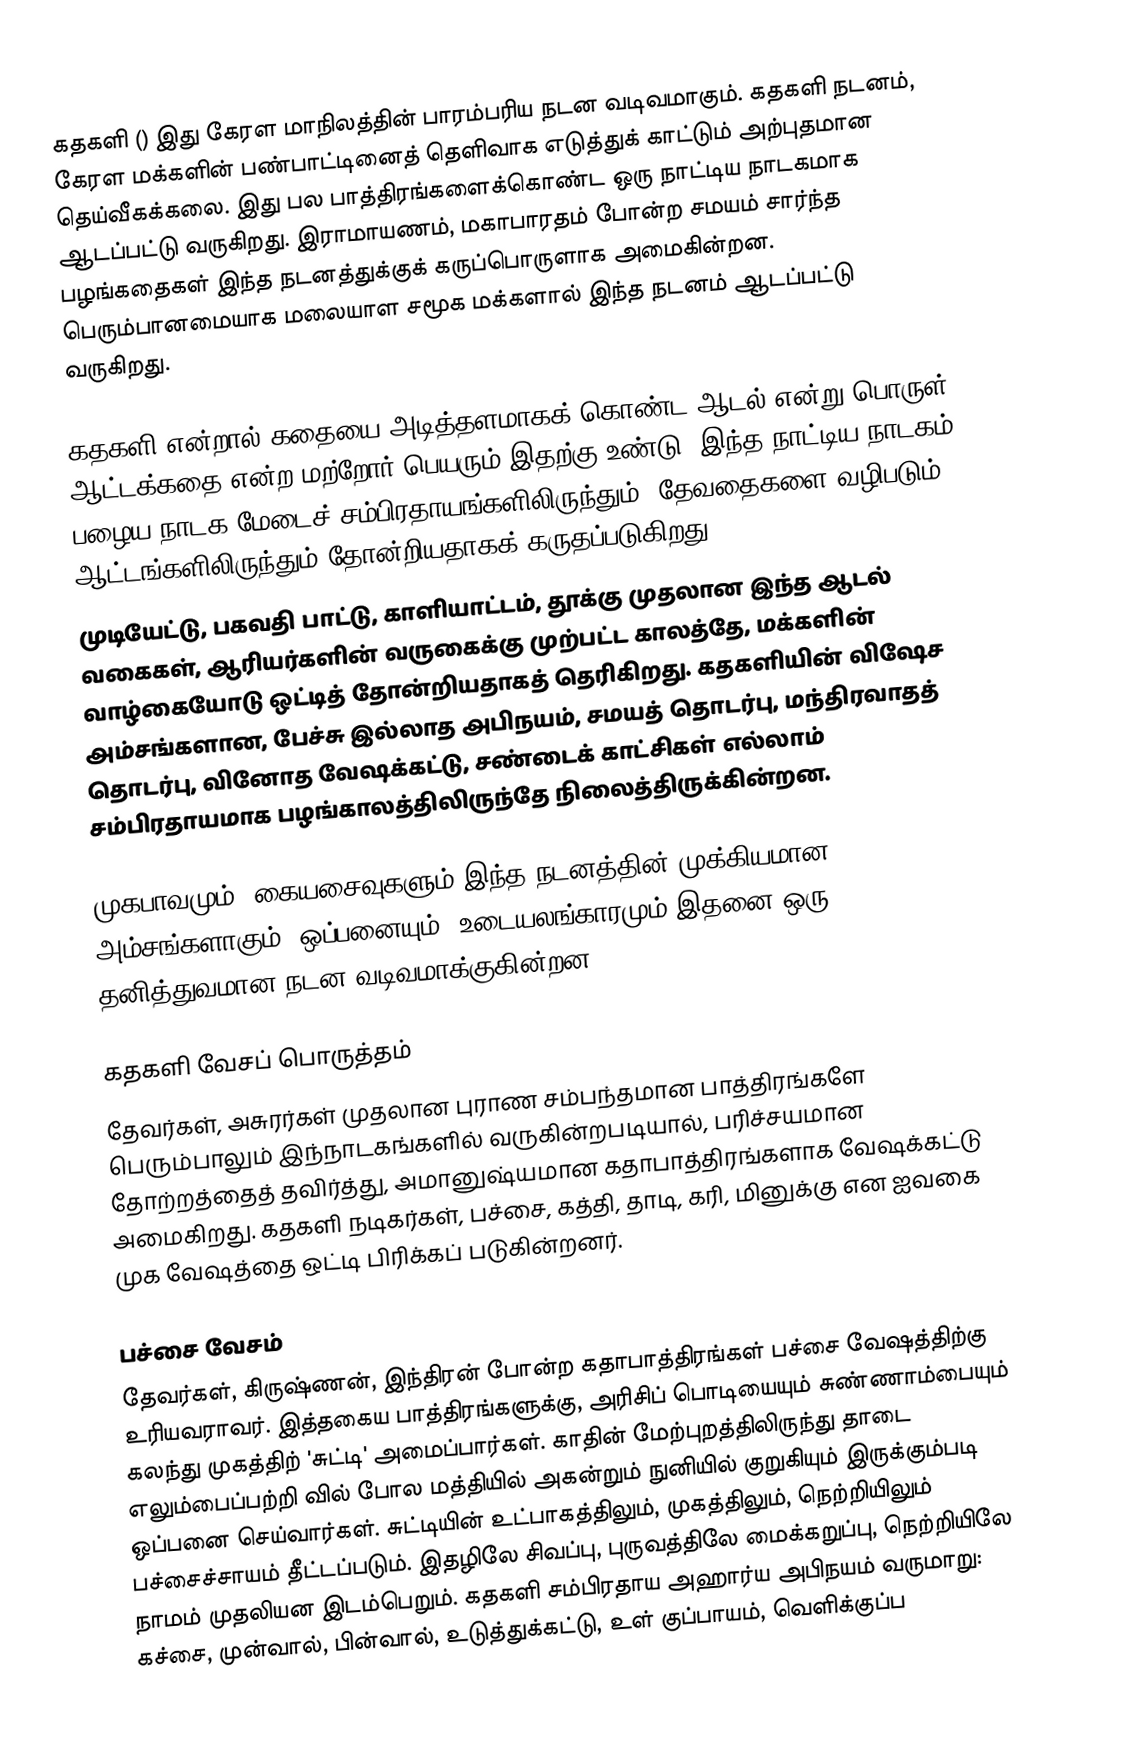
கதகளி () இது கேரள மாநிலத்தின் பாரம்பரிய நடன வடிவமாகும். கதகளி நடனம், கேரள மக்களின் பண்பாட்டினைத் தெளிவாக எடுத்துக் காட்டும் அற்புதமான தெய்வீகக்கலை. இது பல பாத்திரங்களைக்கொண்ட ஒரு நாட்டிய நாடகமாக ஆடப்பட்டு வருகிறது. இராமாயணம், மகாபாரதம் போன்ற சமயம் சார்ந்த பழங்கதைகள் இந்த நடனத்துக்குக் கருப்பொருளாக அமைகின்றன. பெரும்பானமையாக மலையாள சமூக மக்களால் இந்த நடனம் ஆடப்பட்டு வருகிறது.

கதகளி என்றால் கதையை அடித்தளமாகக் கொண்ட ஆடல்  என்று பொருள். ஆட்டக்கதை என்ற மற்றோர் பெயரும் இதற்கு உண்டு. இந்த நாட்டிய நாடகம், பழைய நாடக மேடைச் சம்பிரதாயங்களிலிருந்தும், தேவதைகளை வழிபடும் ஆட்டங்களிலிருந்தும் தோன்றியதாகக் கருதப்படுகிறது.
முடியேட்டு, பகவதி பாட்டு, காளியாட்டம், தூக்கு முதலான இந்த ஆடல் வகைகள், ஆரியர்களின் வருகைக்கு முற்பட்ட காலத்தே, மக்களின் வாழ்கையோடு ஒட்டித் தோன்றியதாகத் தெரிகிறது. கதகளியின் விஷேச அம்சங்களான, பேச்சு இல்லாத அபிநயம், சமயத் தொடர்பு, மந்திரவாதத் தொடர்பு, வினோத வேஷக்கட்டு, சண்டைக் காட்சிகள் எல்லாம் சம்பிரதாயமாக பழங்காலத்திலிருந்தே  நிலைத்திருக்கின்றன.

முகபாவமும், கையசைவுகளும் இந்த நடனத்தின் முக்கியமான அம்சங்களாகும். ஒப்பனையும், உடையலங்காரமும் இதனை ஒரு தனித்துவமான நடன வடிவமாக்குகின்றன.

கதகளி வேசப் பொருத்தம்
தேவர்கள், அசுரர்கள் முதலான புராண சம்பந்தமான பாத்திரங்களே பெரும்பாலும் இந்நாடகங்களில் வருகின்றபடியால், பரிச்சயமான தோற்றத்தைத் தவிர்த்து, அமானுஷ்யமான கதாபாத்திரங்களாக வேஷக்கட்டு அமைகிறது. கதகளி நடிகர்கள், பச்சை, கத்தி, தாடி, கரி, மினுக்கு என ஐவகை முக வேஷத்தை ஒட்டி பிரிக்கப் படுகின்றனர்.

பச்சை வேசம்
தேவர்கள், கிருஷ்ணன், இந்திரன் போன்ற கதாபாத்திரங்கள் பச்சை வேஷத்திற்கு உரியவராவர். இத்தகைய பாத்திரங்களுக்கு, அரிசிப் பொடியையும் சுண்ணாம்பையும் கலந்து முகத்திற் 'சுட்டி' அமைப்பார்கள். காதின் மேற்புறத்திலிருந்து தாடை எலும்பைப்பற்றி வில் போல மத்தியில் அகன்றும் நுனியில் குறுகியும் இருக்கும்படி ஒப்பனை செய்வார்கள். சுட்டியின் உட்பாகத்திலும், முகத்திலும், நெற்றியிலும் பச்சைச்சாயம் தீட்டப்படும். இதழிலே சிவப்பு, புருவத்திலே மைக்கறுப்பு, நெற்றியிலே நாமம் முதலியன இடம்பெறும். கதகளி சம்பிரதாய அஹார்ய அபிநயம் வருமாறு: கச்சை, முன்வால், பின்வால், உடுத்துக்கட்டு, உள் குப்பாயம், வெளிக்குப்ப